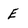
Character: E